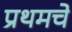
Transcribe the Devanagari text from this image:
प्रथमचे